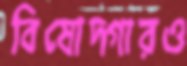
বিষোদ্গারও